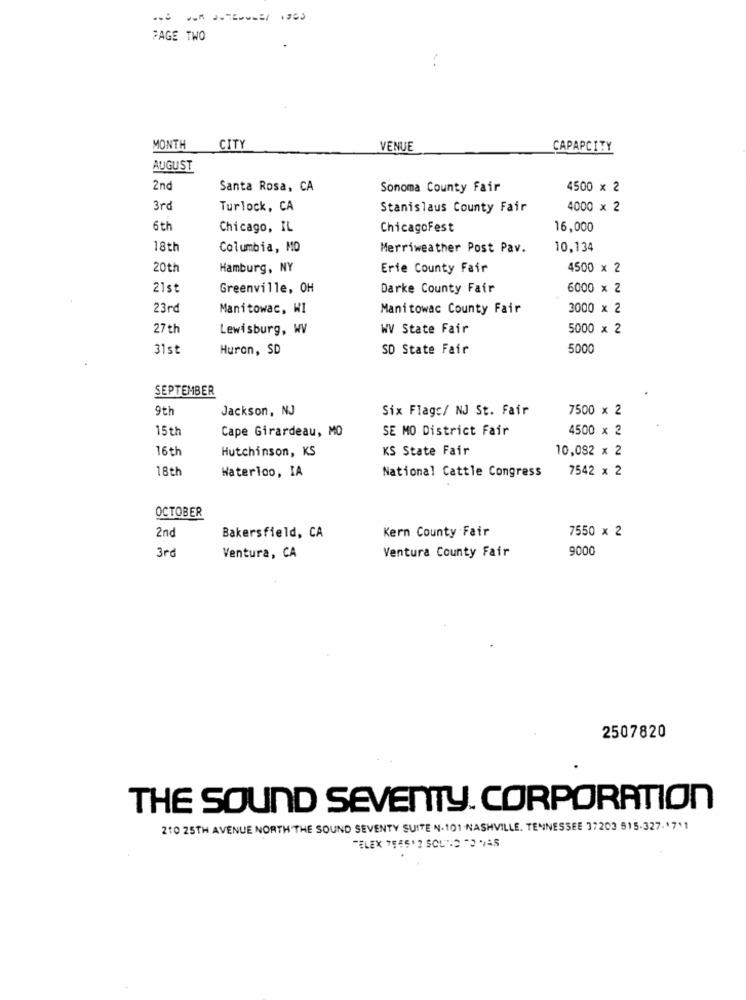
PAGE TWO
MONTH
CITY
VENUE
CAPAPCITY
AUGUST
2nd
Santa Rosa, CA
Sonoma County Fair
4500 x 2
3rd
Turlock, CA
Stanislaus County Fair
4000 × 2
6 th
Chicago, IL
ChicagoFest
16,000
18th
Columbia, MO
Merriweather Post Pav.
10,134
20th
Hamburg, NY
Erie County Fair
4500 x 2
21st
Greenville, OH
Darke County Fair
6000 × 2
23rd
Manitowac, WI
Manitowac County Fair
3000 x 2
27th
Lewisburg, WV
WV State Fair
5000 x 2
31st
Huron, SD
SD State Fair
5000
SEPTEMBER
9th
Jackson, NJ
Six Flags/ NJ St. Fair
7500 × 2
15th
Cape Girardeau, MO
SE MO District Fair
4500 x 2
16th
Hutchinson, KS
KS State Fair
10,082 x 2
18th
Waterloo, IA
7542 x 2
National Cattle Congress
OCTOBER
2nd
Kern County Fair
7550 x 2
Bakersfield, CA
3rd
9000
Ventura, CA
Ventura County Fair
2507820
THE SOUND SEVENTY. CORPORATION
210 25TH AVENUE NORTH THE SOUND SEVENTY SUITE N. 101-NASHVILLE, TENNESSEE 37203 515-327-1711